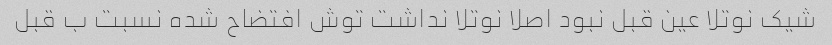
شیک نوتلا عین قبل نبود اصلا نوتلا نداشت توش افتضاح شده نسبت ب قبل